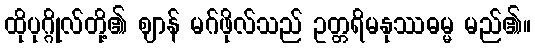
ထိုပုဂ္ဂိုလ်တို့၏ ဈာန် မဂ်ဖိုလ်သည် ဥတ္တရိမနုဿဓမ္မ မည်၏။